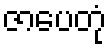
ဇာပေတုံ